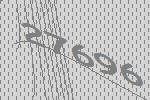
27696